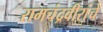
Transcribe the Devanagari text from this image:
रामचंद्रवीरांचे